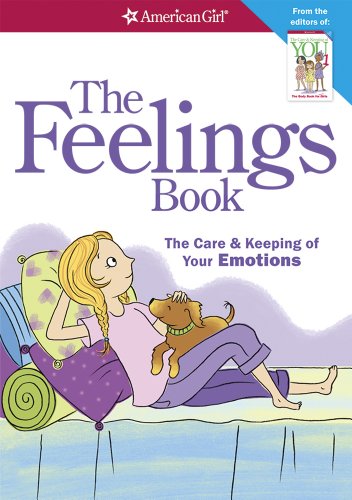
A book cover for The Feelings Book (Revised): The Care and Keeping of Your Emotions; Dr. Lynda Madison; Medical Books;